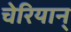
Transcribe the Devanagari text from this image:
चेरियान्